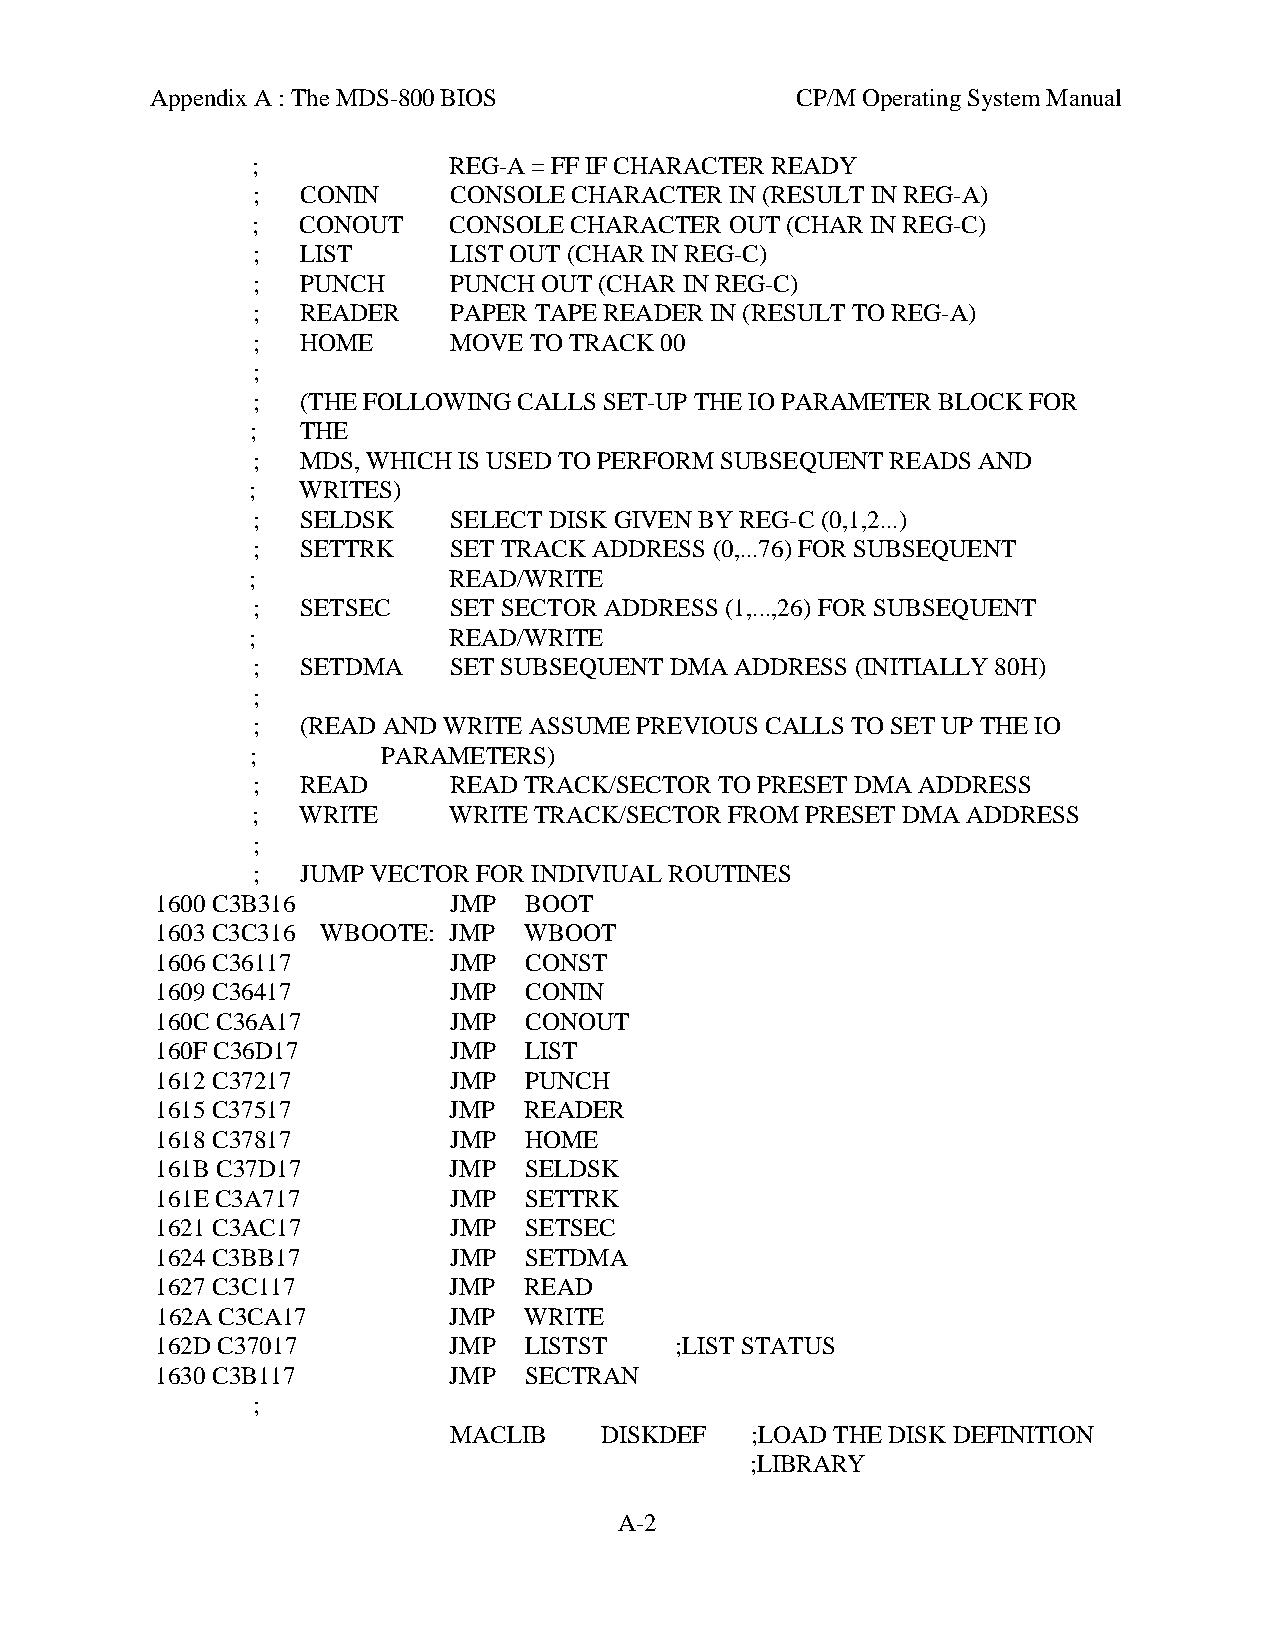
Appendix A : The MDS-800 BIOS              CP/M Operating System Manual
 ;            REG-A = FF IF CHARACTER READY
 ;  CONIN     CONSOLE CHARACTER IN (RESULT IN REG-A)
 ;  CONOUT    CONSOLE CHARACTER OUT (CHAR IN REG-C)
 ;  LIST      LIST OUT (CHAR IN REG-C)
 ;  PUNCH     PUNCH OUT (CHAR IN REG-C)
 ;  READER    PAPER TAPE READER IN (RESULT TO REG-A)
 ;  HOME      MOVE TO TRACK 00
 ;
 ;  (THE FOLLOWING CALLS SET-UP THE IO PARAMETER BLOCK FOR
 ;  THE
 ;  MDS, WHICH IS USED TO PERFORM SUBSEQUENT READS AND
 ;  WRITES)
 ;  SELDSK    SELECT DISK GIVEN BY REG-C (0,1,2...)
 ;  SETTRK    SET TRACK ADDRESS (0,...76) FOR SUBSEQUENT
 ;            READ/WRITE
 ;  SETSEC    SET SECTOR ADDRESS (1,...,26) FOR SUBSEQUENT
 ;            READ/WRITE
 ;  SETDMA    SET SUBSEQUENT DMA ADDRESS (INITIALLY 80H)
 ;
 ;  (READ AND WRITE ASSUME PREVIOUS CALLS TO SET UP THE IO
 ;       PARAMETERS)
 ;  READ      READ TRACK/SECTOR TO PRESET DMA ADDRESS
 ;  WRITE     WRITE TRACK/SECTOR FROM PRESET DMA ADDRESS
 ;
 ;  JUMP VECTOR FOR INDIVIUAL ROUTINES
 1600 C3B316         JMP  BOOT
 1603 C3C316 WBOOTE: JMP  WBOOT
 1606 C36117         JMP  CONST
 1609 C36417         JMP  CONIN
 160C C36A17         JMP  CONOUT
 160F C36D17         JMP  LIST
 1612 C37217         JMP  PUNCH
 1615 C37517         JMP  READER
 1618 C37817         JMP  HOME
 161B C37D17         JMP  SELDSK
 161E C3A717         JMP  SETTRK
 1621 C3AC17         JMP  SETSEC
 1624 C3BB17         JMP  SETDMA
 1627 C3C117         JMP  READ
 162A C3CA17         JMP  WRITE
 162D C37017         JMP  LISTST    ;LIST STATUS
 1630 C3B117         JMP  SECTRAN
 ;
 MACLIB    DISKDEF   ;LOAD THE DISK DEFINITION
 ;LIBRARY
 A-2